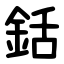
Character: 銛